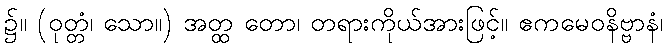
၌။ (ဝုတ္တံ၊ သော။) အတ္ထ တော၊ တရားကိုယ်အားဖြင့်။ ဧကမေဝနိဗ္ဗာနံ၊